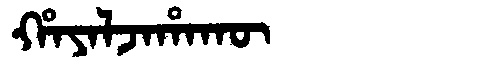
Manchu: ᡥᠠᠶᠠᠯᠵᠠᡥᠠᡴᡡ
Romanization: HAYALJAHAKŪ